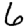
Digit: 6